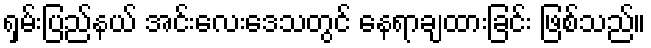
ရှမ်းပြည်နယ် အင်းလေးဒေသတွင် နေရာချထားခြင်း ဖြစ်သည်။